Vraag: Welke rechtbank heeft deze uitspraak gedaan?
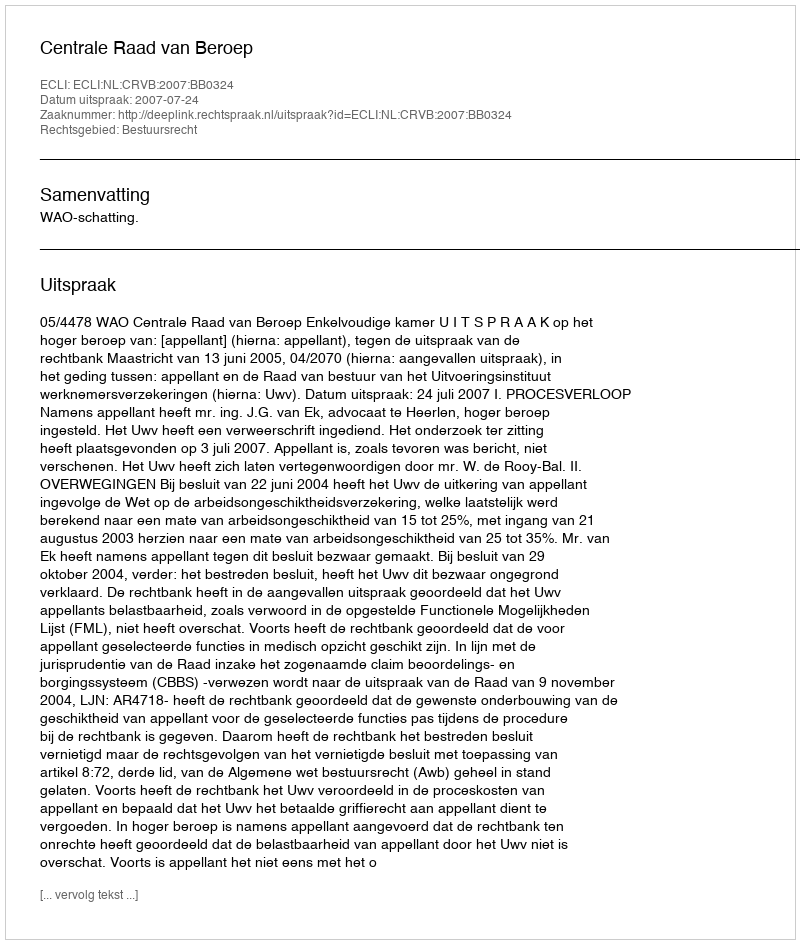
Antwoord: Centrale Raad van Beroep